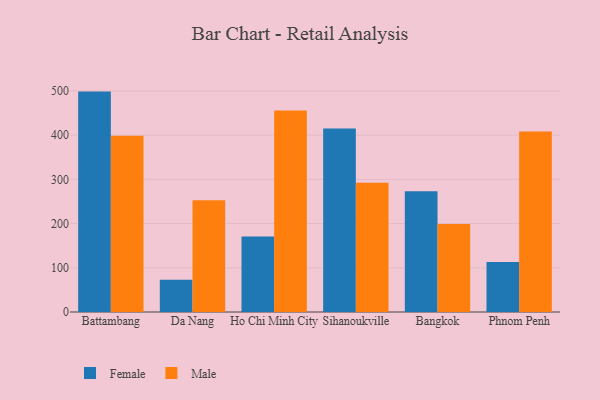
{"axis": {"x": "City", "y": "Population (Million)"}, "legend": ["Female", "Male"], "data": [{"x": "Battambang", "y": 498.6, "type": "Female"}, {"x": "Battambang", "y": 398.7, "type": "Male"}, {"x": "Da Nang", "y": 72.8, "type": "Female"}, {"x": "Da Nang", "y": 252.6, "type": "Male"}, {"x": "Ho Chi Minh City", "y": 170.7, "type": "Female"}, {"x": "Ho Chi Minh City", "y": 455.7, "type": "Male"}, {"x": "Sihanoukville", "y": 415.1, "type": "Female"}, {"x": "Sihanoukville", "y": 292.6, "type": "Male"}, {"x": "Bangkok", "y": 273.0, "type": "Female"}, {"x": "Bangkok", "y": 199.3, "type": "Male"}, {"x": "Phnom Penh", "y": 113.2, "type": "Female"}, {"x": "Phnom Penh", "y": 408.5, "type": "Male"}]}